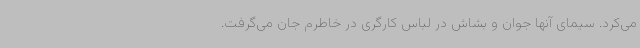
می‌کرد. سیمای آنها جوان و بشاش در لباس کارگری در خاطرم جان می‌گرفت.